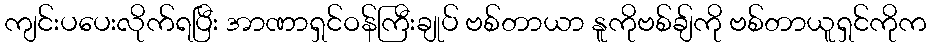
ကျင်းပပေးလိုက်ရပြီး အာဏာရှင်ဝန်ကြီးချုပ် ဗစ်တာယာ နူကိုဗစ်ချ်ကို ဗစ်တာယူရှင်ကိုက